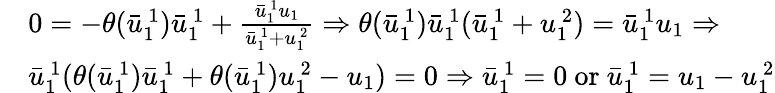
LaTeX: \begin{array}{rl}&{0=-\theta(\bar{u}_{1\ }^{\ 1})\bar{u}_{1\ }^{\ 1}+\frac{\bar{u}_{1\ }^{\ 1}u_{1}}{\bar{u}_{1\ }^{\ 1}+u_{1\ }^{\ 2}}\Rightarrow\theta(\bar{u}_{1\ }^{\ 1})\bar{u}_{1\ }^{\ 1}(\bar{u}_{1\ }^{\ 1}+u_{1\ }^{\ 2})=\bar{u}_{1\ }^{\ 1}u_{1}\Rightarrow}\\ &{\bar{u}_{1\ }^{\ 1}(\theta(\bar{u}_{1\ }^{\ 1})\bar{u}_{1\ }^{\ 1}+\theta(\bar{u}_{1\ }^{\ 1})u_{1\ }^{\ 2}-u_{1})=0\Rightarrow\bar{u}_{1\ }^{\ 1}=0\mathrm{~or~}\bar{u}_{1\ }^{\ 1}=u_{1}-u_{1\ }^{\ 2}}\end{array}